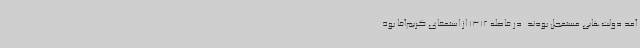
آمد دولت‌هایی مستعجل بودند. در فاصله 1312 از استعفای کریم‌آقا بوذ